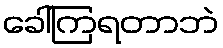
ခေါ်ကြရတာဘဲ